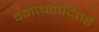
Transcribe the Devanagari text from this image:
वनाच्‍छादितहै